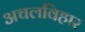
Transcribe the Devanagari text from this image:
अचलविहार